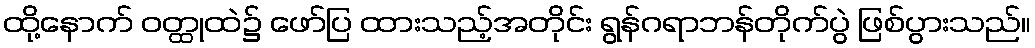
ထို့နောက် ဝတ္ထုထဲ၌ ဖော်ပြ ထားသည့်အတိုင်း ရွန်ဂရာဘန်တိုက်ပွဲ ဖြစ်ပွားသည်။